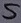
Text: S